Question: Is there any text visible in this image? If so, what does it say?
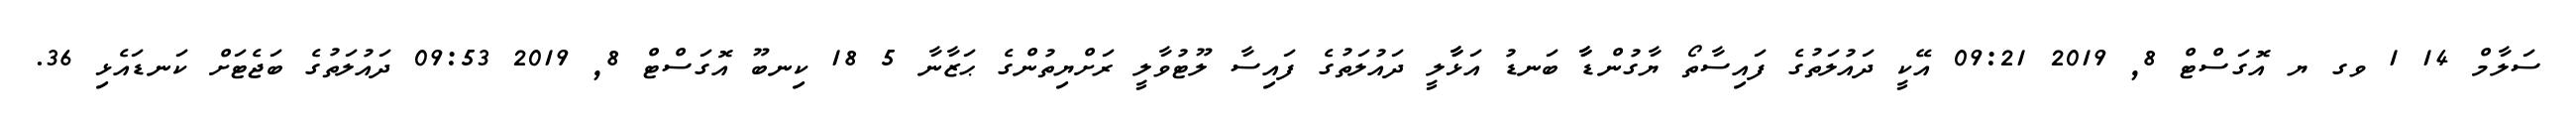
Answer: ސަލާމް 14 1 ވގ ޔ އޮގަސްޓް 8, 2019 09:21 އޭކީ ދައުލަތުގެ ފައިސާތޯ ޔާގުންޑާާ ބަނޑު އަޅާާލީ ދައުލަތުގެ ފައިސާ ލޫޓުވާލީ ރަށްޔިތުންގެ ޙަޒާނާ 5 18 ކިނބޫ އޮގަސްޓް 8, 2019 09:53 ދައުލަތުގެ ބަޖެޓަށް ކަނޑައެޅި 36.